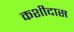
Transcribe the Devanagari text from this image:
कशीदास